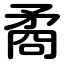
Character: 矞